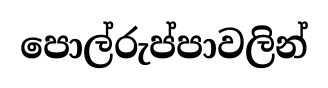
පොල්රුප්පාවලින්